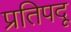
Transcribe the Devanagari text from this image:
प्रतिपदू